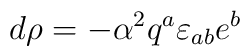
d \rho =- {\alpha}^{2} q^{a}\varepsilon_{ab}e^{b}